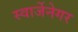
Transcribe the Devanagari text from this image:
स्वार्जेनेगर